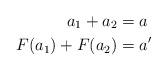
LaTeX: \begin{align*} a_1+a_2 &= a\\ F(a_1)+F(a_2)&=a' \end{align*}